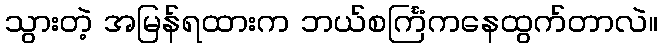
သွားတဲ့ အမြန်ရထားက ဘယ်စင်္ကြံကနေထွက်တာလဲ။